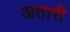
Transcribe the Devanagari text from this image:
अतारी